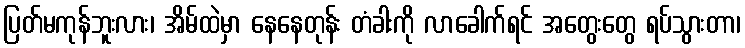
ပြတ်မကုန်ဘူးလား၊ အိမ်ထဲမှာ နေနေတုန်း တံခါးကို လာခေါက်ရင် အတွေးတွေ ရပ်သွားတာ၊